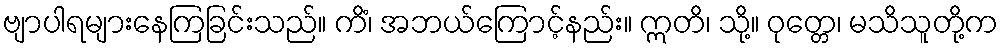
ဗျာပါရများနေကြခြင်းသည်။ ကိံ၊ အဘယ်ကြောင့်နည်း။ ဣတိ၊ သို့။ ဝုတ္တေ၊ မသိသူတို့က